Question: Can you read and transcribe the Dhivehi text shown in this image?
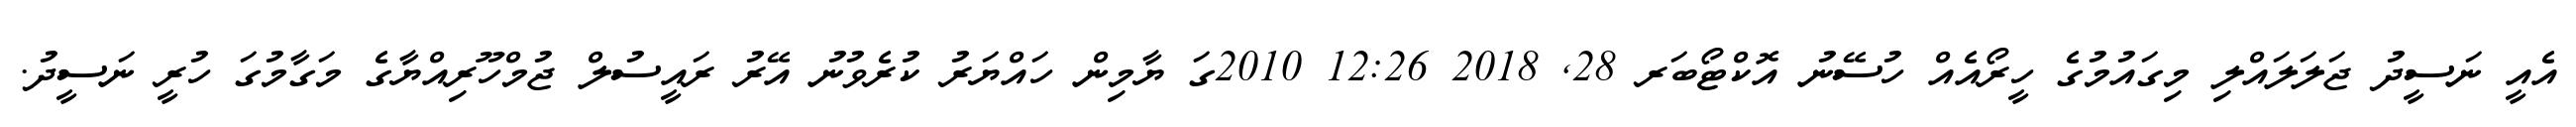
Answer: އެއީ ނަސީދު ޖަލަލައްލި މިގައުމުގެ ހީރޯއެއް ހުސޭނު އޮކްޓޯބަރ 28, 2018 12:26 2010ގަ ޔާމިން ހައްޔަރު ކުރެވުނު އޭރު ރައީސުލް ޖުމްހޫރިއްޔާގެ މަގާމުގަ ހުރީ ނަސީދު.